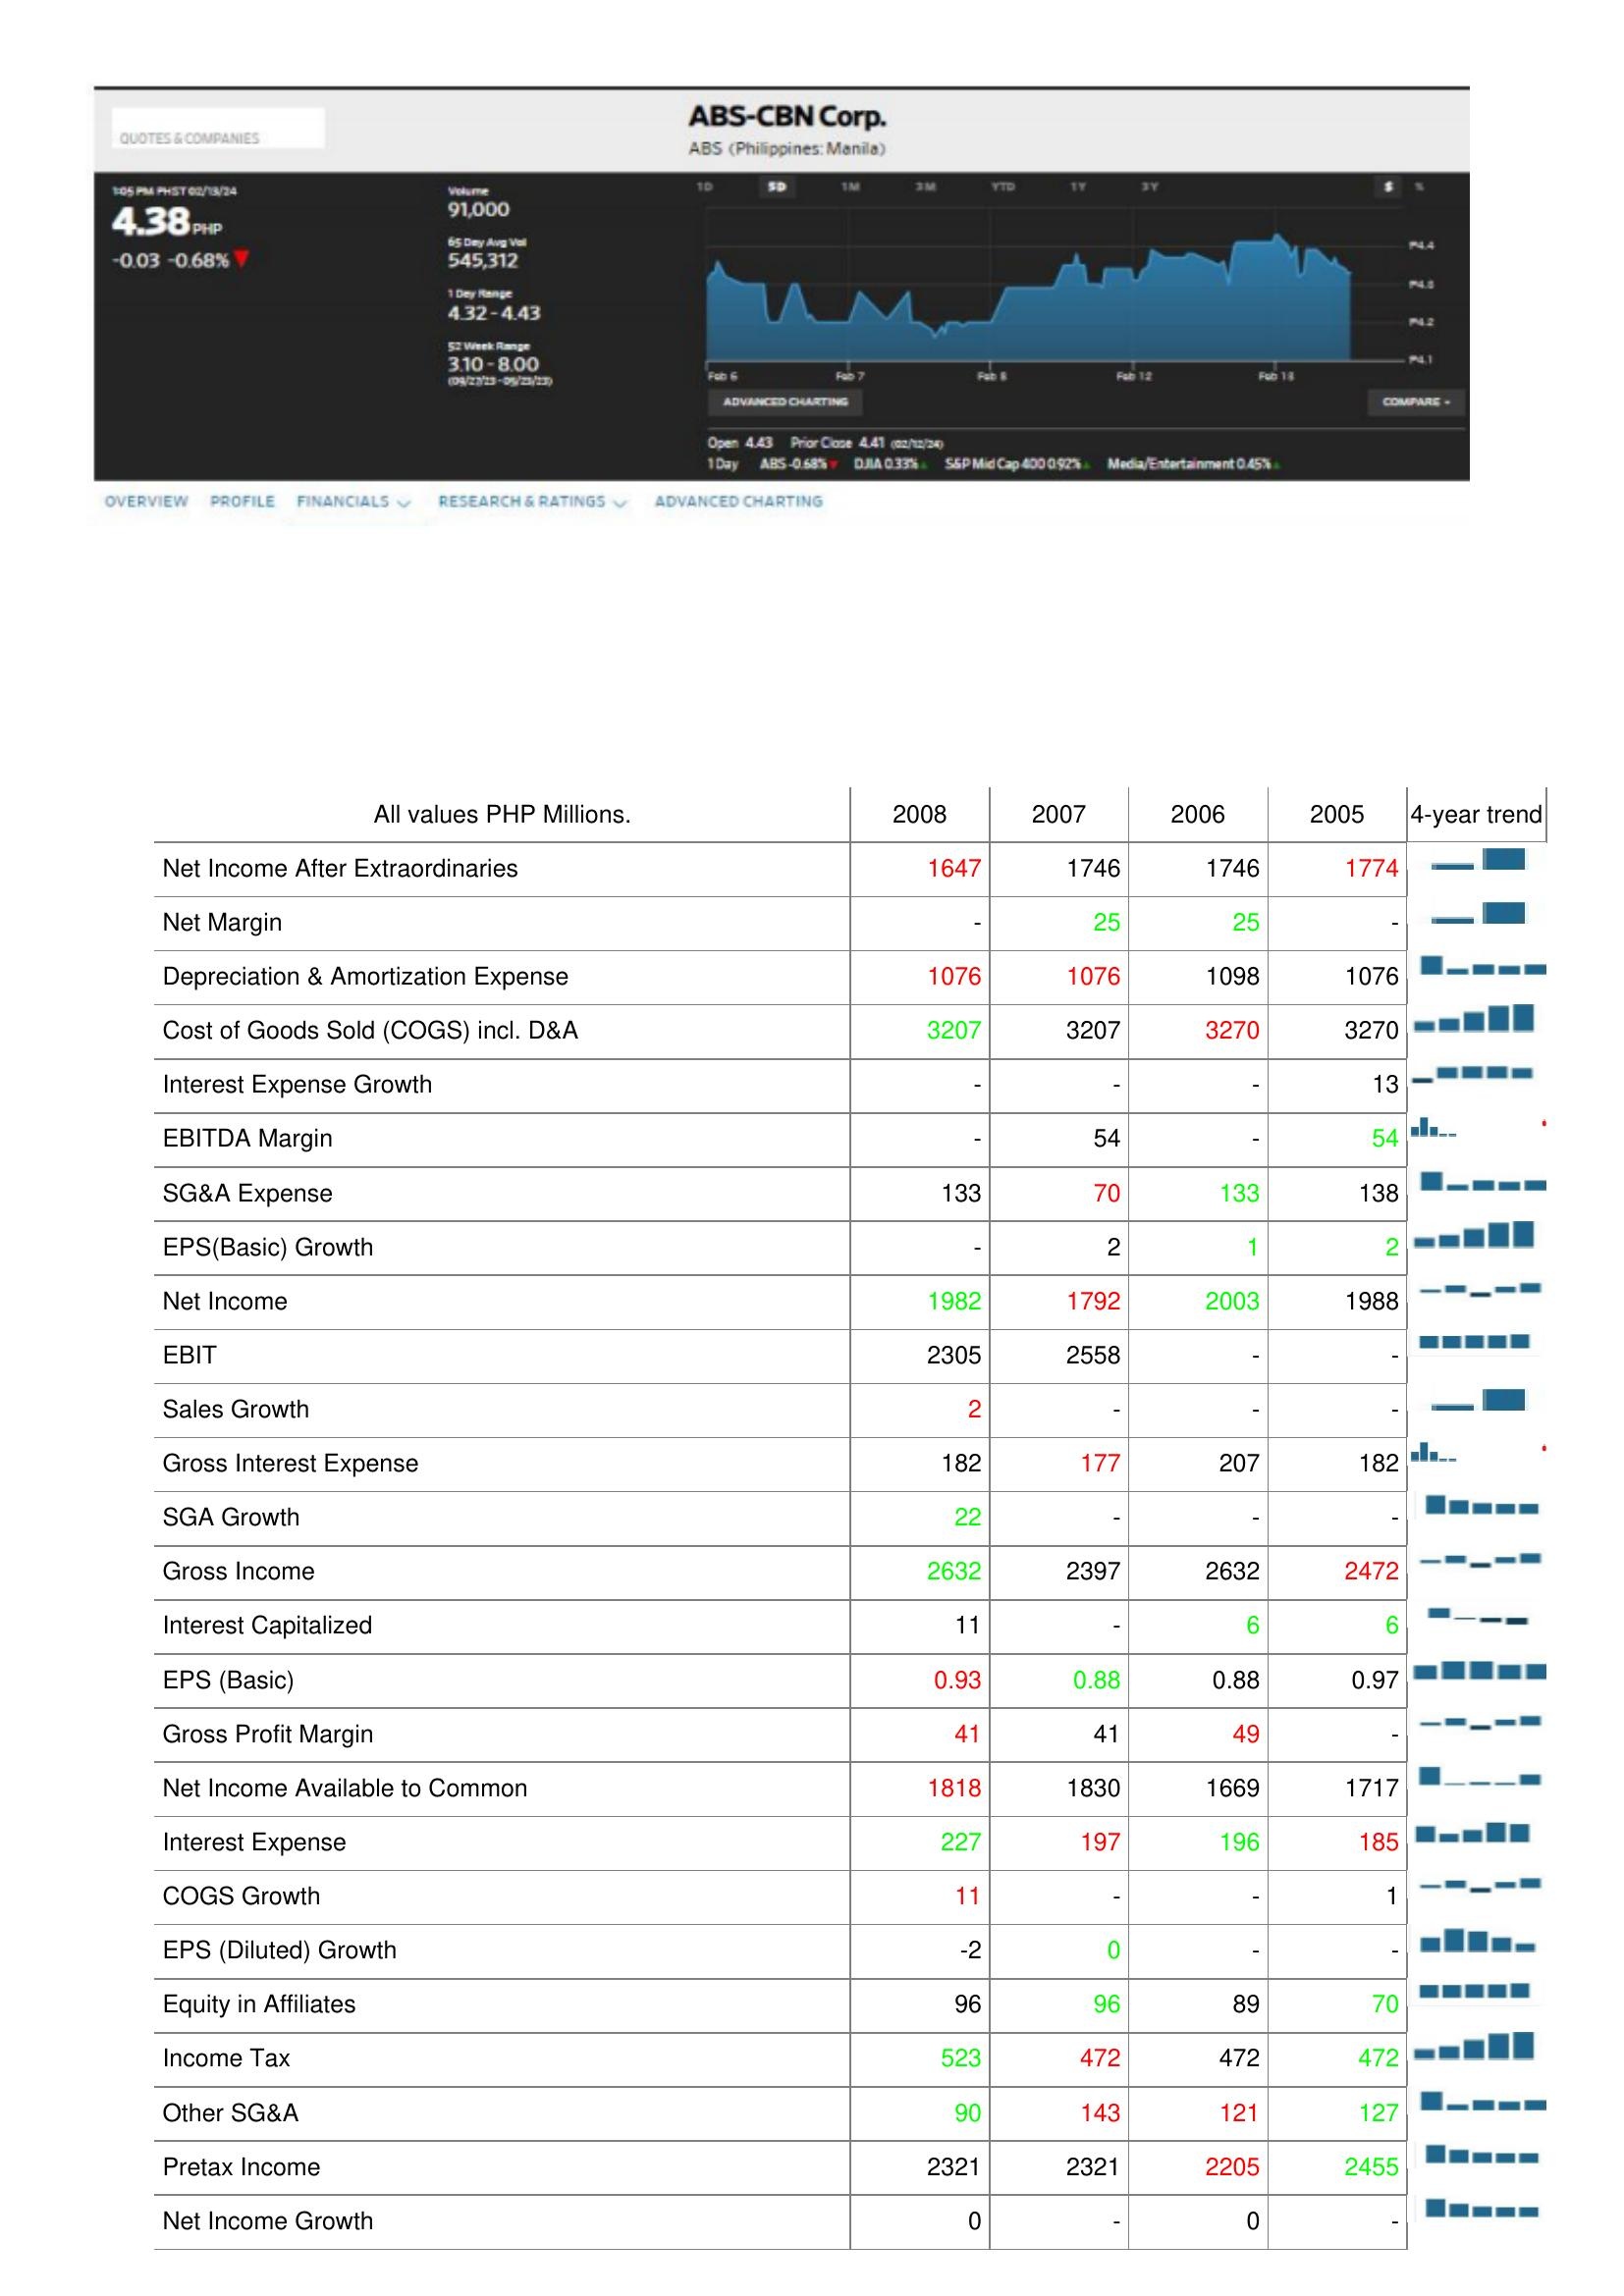
2008: : Net Income After Extraordinaries: 1647
Net Margin: -
Depreciation & Amortization Expense: 1076
Cost of Goods Sold (COGS) incl. D&A: 3207
Interest Expense Growth: -
EBITDA Margin: -
SG&A Expense: 133
EPS(Basic) Growth: -
Net Income: 1982
EBIT: 2305
Sales Growth: 2
Gross Interest Expense: 182
SGA Growth: 22
Gross Income: 2632
Interest Capitalized: 11
EPS (Basic): 0.93
Gross Profit Margin: 41
Net Income Available to Common: 1818
Interest Expense: 227
COGS Growth: 11
EPS (Diluted) Growth: -2
Equity in Affiliates: 96
Income Tax: 523
Other SG&A: 90
Pretax Income: 2321
Net Income Growth: 0
2007: : Net Income After Extraordinaries: 1746
Net Margin: 25
Depreciation & Amortization Expense: 1076
Cost of Goods Sold (COGS) incl. D&A: 3207
Interest Expense Growth: -
EBITDA Margin: 54
SG&A Expense: 70
EPS(Basic) Growth: 2
Net Income: 1792
EBIT: 2558
Sales Growth: -
Gross Interest Expense: 177
SGA Growth: -
Gross Income: 2397
Interest Capitalized: -
EPS (Basic): 0.88
Gross Profit Margin: 41
Net Income Available to Common: 1830
Interest Expense: 197
COGS Growth: -
EPS (Diluted) Growth: 0
Equity in Affiliates: 96
Income Tax: 472
Other SG&A: 143
Pretax Income: 2321
Net Income Growth: -
2006: : Net Income After Extraordinaries: 1746
Net Margin: 25
Depreciation & Amortization Expense: 1098
Cost of Goods Sold (COGS) incl. D&A: 3270
Interest Expense Growth: -
EBITDA Margin: -
SG&A Expense: 133
EPS(Basic) Growth: 1
Net Income: 2003
EBIT: -
Sales Growth: -
Gross Interest Expense: 207
SGA Growth: -
Gross Income: 2632
Interest Capitalized: 6
EPS (Basic): 0.88
Gross Profit Margin: 49
Net Income Available to Common: 1669
Interest Expense: 196
COGS Growth: -
EPS (Diluted) Growth: -
Equity in Affiliates: 89
Income Tax: 472
Other SG&A: 121
Pretax Income: 2205
Net Income Growth: 0
2005: : Net Income After Extraordinaries: 1774
Net Margin: -
Depreciation & Amortization Expense: 1076
Cost of Goods Sold (COGS) incl. D&A: 3270
Interest Expense Growth: 13
EBITDA Margin: 54
SG&A Expense: 138
EPS(Basic) Growth: 2
Net Income: 1988
EBIT: -
Sales Growth: -
Gross Interest Expense: 182
SGA Growth: -
Gross Income: 2472
Interest Capitalized: 6
EPS (Basic): 0.97
Gross Profit Margin: -
Net Income Available to Common: 1717
Interest Expense: 185
COGS Growth: 1
EPS (Diluted) Growth: -
Equity in Affiliates: 70
Income Tax: 472
Other SG&A: 127
Pretax Income: 2455
Net Income Growth: -